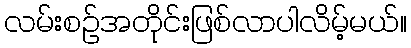
လမ်းစဉ်အတိုင်းဖြစ်လာပါလိမ့်မယ်။